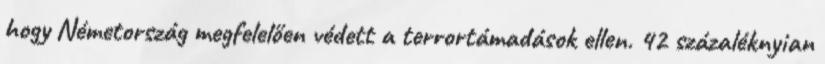
hogy Németország megfelelően védett a terrortámadások ellen. 42 százaléknyian